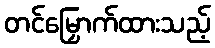
တင်မြှောက်ထားသည့်